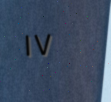
١٧